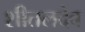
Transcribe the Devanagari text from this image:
शीतलदेव